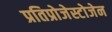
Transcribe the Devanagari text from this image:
प्रतिप्रोजेस्टोजेन